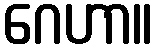
ဂေဟာ။